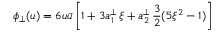
\phi _ { \perp } ( u ) = 6 u \bar { u } \left[ 1 + 3 a _ { 1 } ^ { \perp } \, \xi + a _ { 2 } ^ { \perp } \, \frac { 3 } { 2 } ( 5 \xi ^ { 2 } - 1 ) \right]